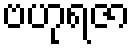
ဗဟုရဇာ